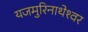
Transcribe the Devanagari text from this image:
यजमुरिनाथेश्‍वर